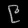
Digit: ၉